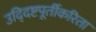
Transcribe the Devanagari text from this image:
उद्‍दिष्टपूर्तीकरिता